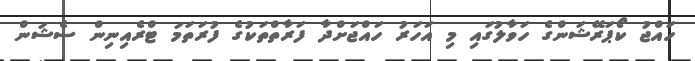
ހައްޖު ކޯޕަރޭޝަންގެ ހަވާލުގައި މި އަހަރު ހައްޖަށްދާ ފަރާތްތަކުގެ ފުރަތަމަ ޓްރެއިނިން ސެޝަން